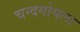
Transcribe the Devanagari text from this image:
चन्दगोयला